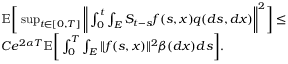
\begin{array} { r l } & { \mathbb { E } \bigg [ \operatorname* { s u p } _ { t \in [ 0 , T ] } \bigg \| \int _ { 0 } ^ { t } \int _ { E } S _ { t - s } f ( s , x ) q ( d s , d x ) \bigg \| ^ { 2 } \bigg ] \leq } \\ & { C e ^ { 2 \alpha T } \mathbb { E } \bigg [ \int _ { 0 } ^ { T } \int _ { E } \| f ( s , x ) \| ^ { 2 } \beta ( d x ) d s \bigg ] . } \end{array}